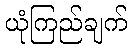
ယုံကြည်ချက်